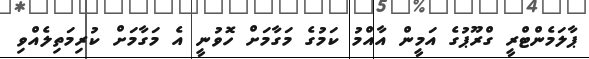
ޕާލަމެންޓްރީ ގްރޫޕުގެ އަމީން އާއްމު ކަމުގެ މަގާމަށް ހޮވުނީ އެ މަގާމަށް ކުރިމަތިލެއްވި